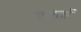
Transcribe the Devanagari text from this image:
कुरतों